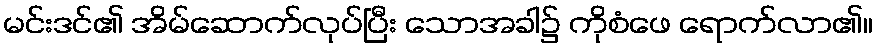
မင်းဒင်၏ အိမ်ဆောက်လုပ်ပြီး သောအခါ၌ ကိုစံဖေ ရောက်လာ၏။